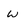
Character: w